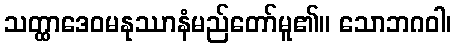
သတ္ထာဒေဝမနုဿာနံမည်တော်မူ၏။ သောဘဂဝါ၊